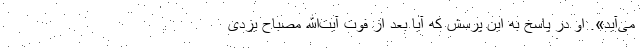
می‌آید». او در پاسخ به این پرسش که آیا بعد از فوت آیت‌الله مصباح یزدی